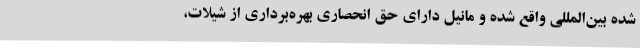
شده بین‌المللی واقع شده و مانیل دارای حق انحصاری بهره‌برداری از شیلات،